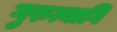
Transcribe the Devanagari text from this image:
गुरुत्यागि